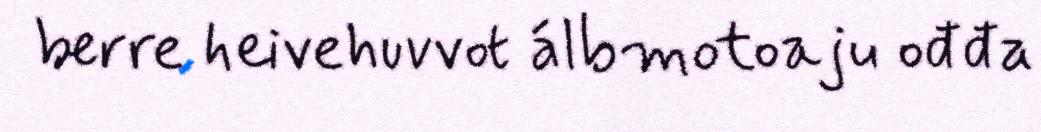
berre heivehuvvot álbmotoaju ođđa